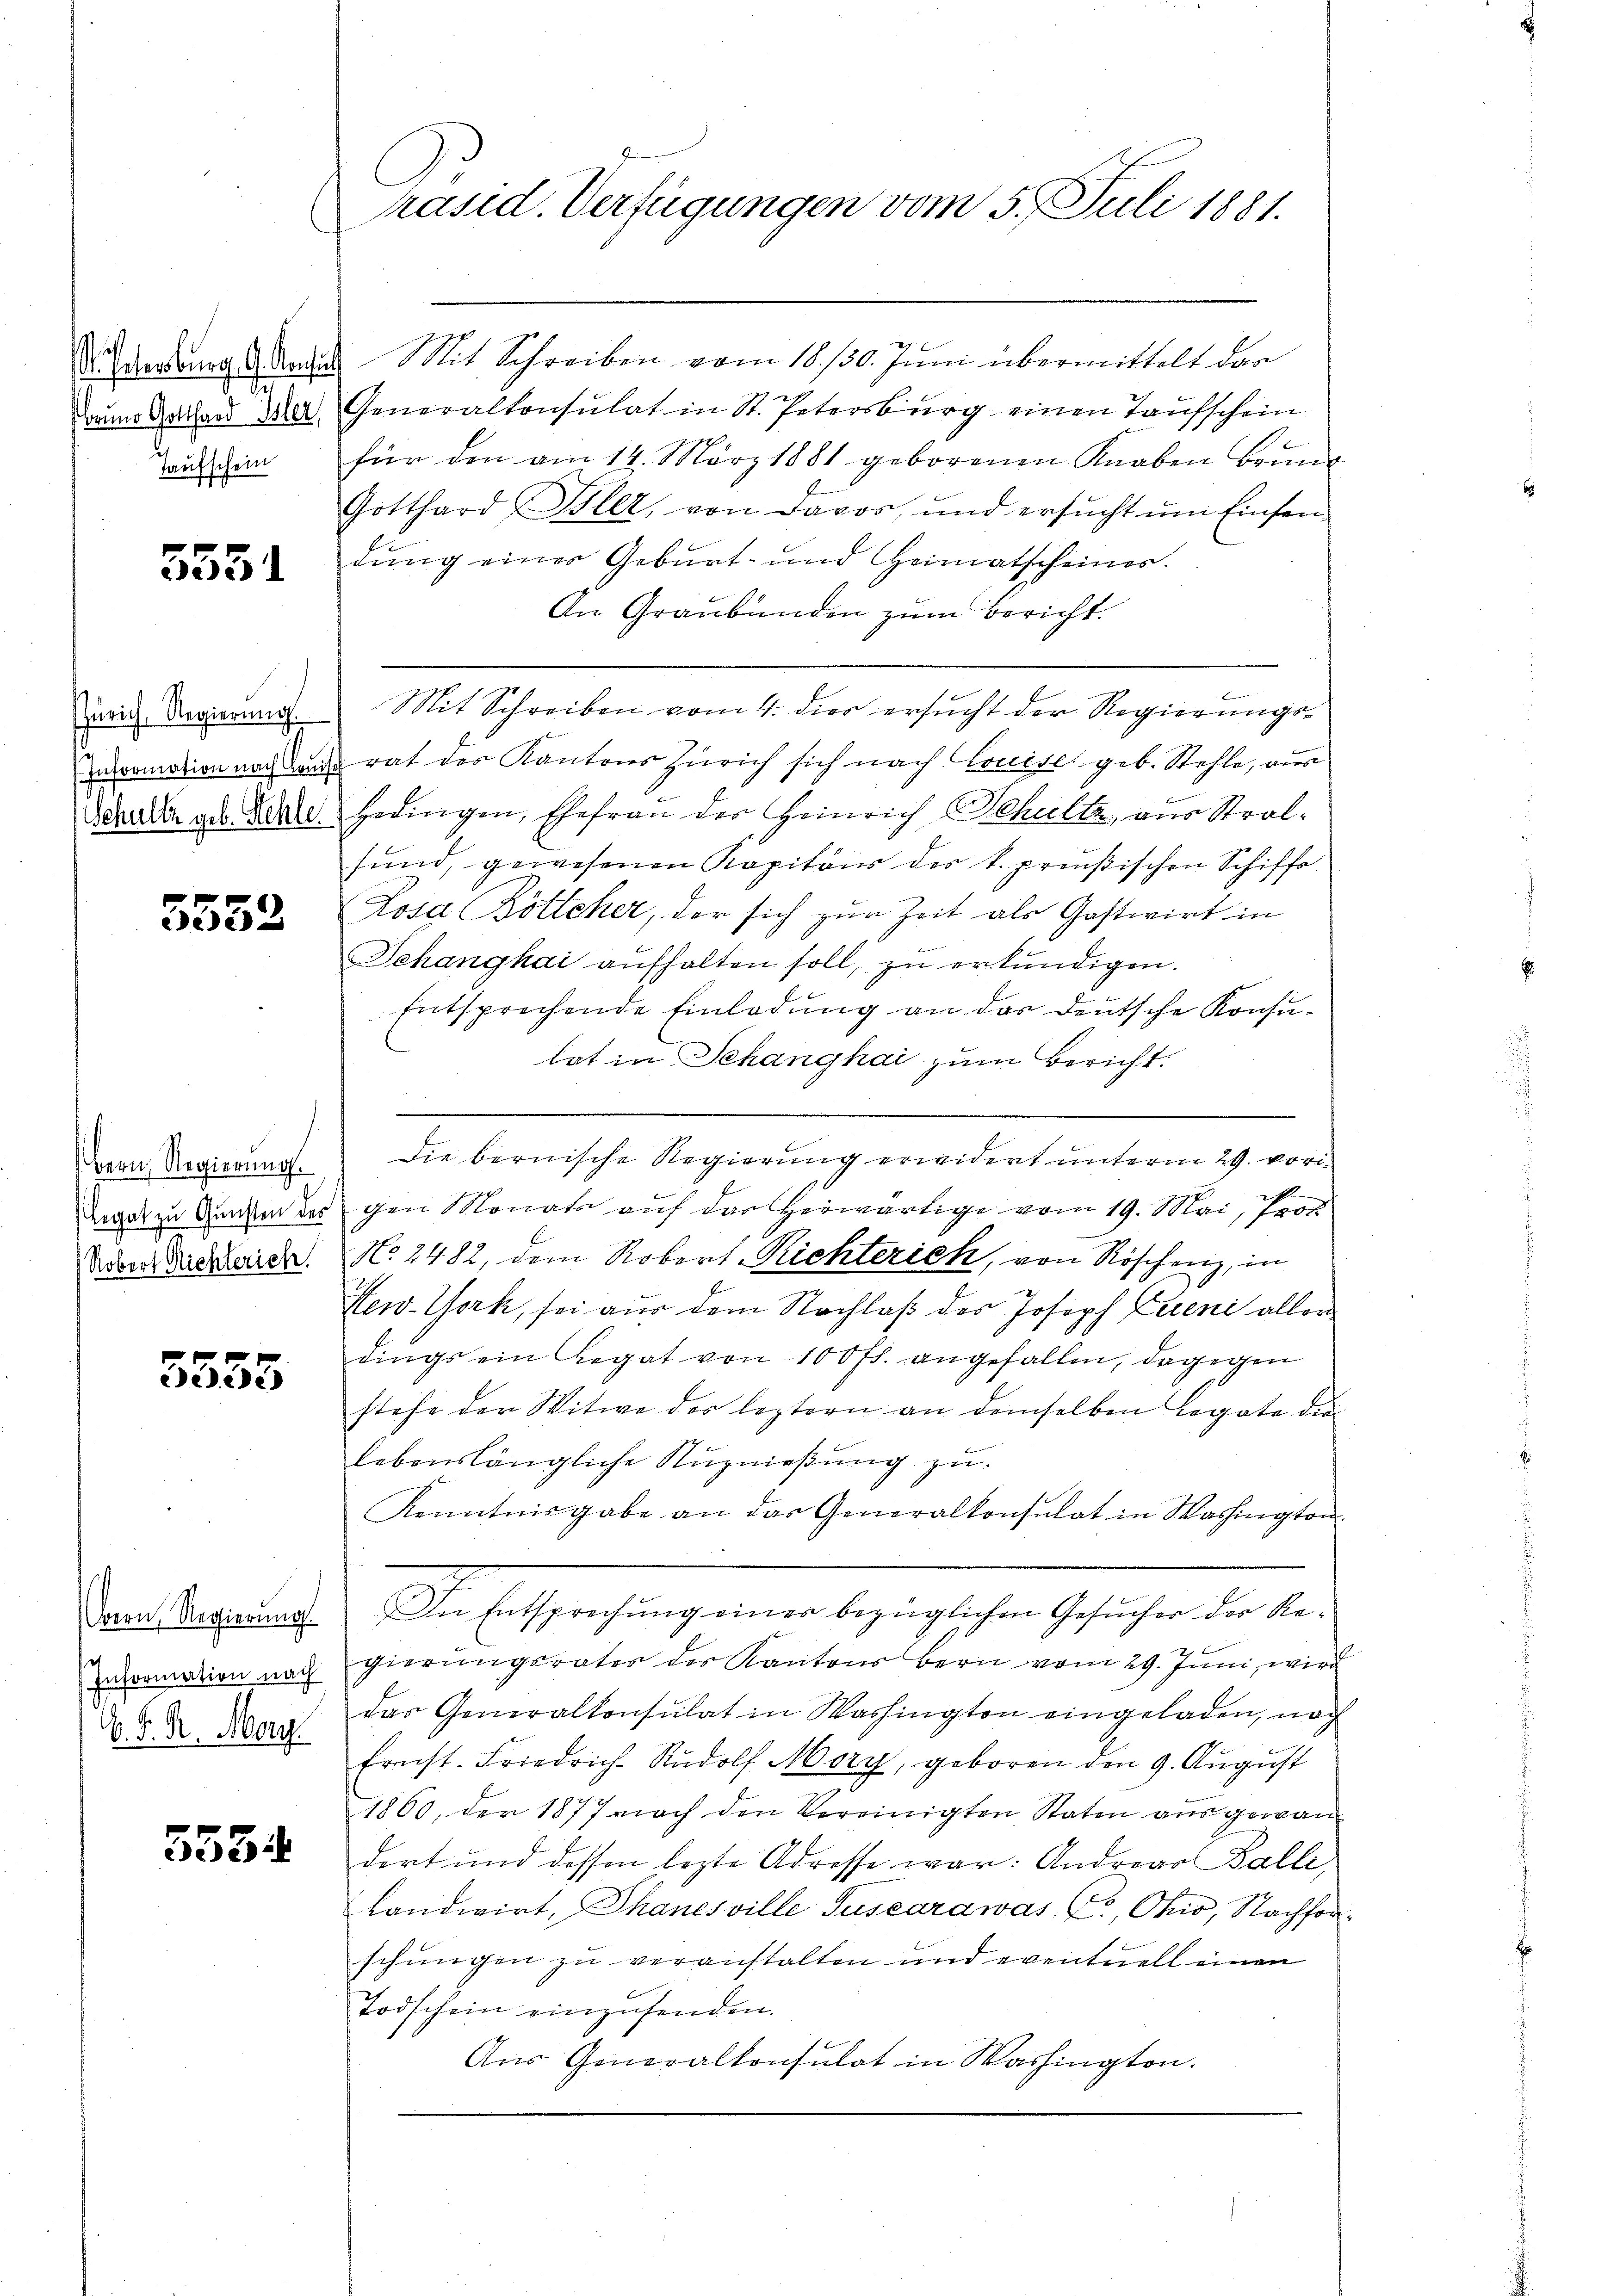
St. Petersburg. G. Kan
Taufschein

5551

ZZürich, Regierung.

5552

Legat zu Gunsten der
Robert Richterich.

5553

Information nach
V. P. R. Morg

5534.

Präsid. Verfügungen vom 5. Juli 1881.

d. Mit Schreiben vom 18. 130. Juni übermittelt dar
Bauer Cathard der Generalkonsulat in St. Petersburg einen Taufschein
für den am 14. März 1881 geborenen Knaben Brŭnd
Gotthard Suler, von Davos, und ersucht um Einsendung eines Geburt- und Heimatscheines.
An Graubünden zum Bericht.
e
Mit Schreiben vom 4. dies ersucht der Regierungsiromation nach dans rat des Kantons Zürich sich nach Louise geb. Stehle, wur
Schuler geb. das Gedingen, Ehefrau der Heinrich Schultz, aus Stralsŭnd, gewesenen Kapitäns des k. preußischen Schiffs-
Losa Böttcher, der sich zur Zeit als Gastwirt in
Schanghai aufhalten soll, zu erkundigen.
Entsprechende Einladung an das deutsche Konsulat in Schanghai zum Bericht.
Bern Regierung. Die bernische Regierung erwidert unterm 29. vori
f.
ugen Monats auf der Herwärtige vom 19. Mai, Prof
No. 2482, dem Robert-Richterich, von Röschenz, in
New-York, sei aus dem Nachlaß des Joseph Cereni aller
dings ein Legat von 100 fl. angefallen, dagegen
stehe der Witwe der leztern an demselben Legate die
lebenslängliche Nuznießung zu.
Kenntnisgabe an das Generalkonsulat in Washington
Der Regierung. In Entsprechung einer bezüglichen Gesucher der Regierungsrates des Kantons Bern vom 29. Juni, wird
das Generalkonsulat in Washington eingeladen, noch
Ernst. Friedrich. Rŭdolf Mory, geboren den 9. Aŭgŭst
1860, der 1877 noch den Vereinigten Staten ausgewandert und dessen lezte Adresse war: Andrear Balle
Landwirt, Phanesville Suscarawas, C, Ohio, Nachforschungen zu veranstalten und eventuell einen
Todschein einzusenden.
Aŭs Generalkonsulat in Washington.